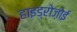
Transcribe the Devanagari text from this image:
हाइड्रोज़ोई